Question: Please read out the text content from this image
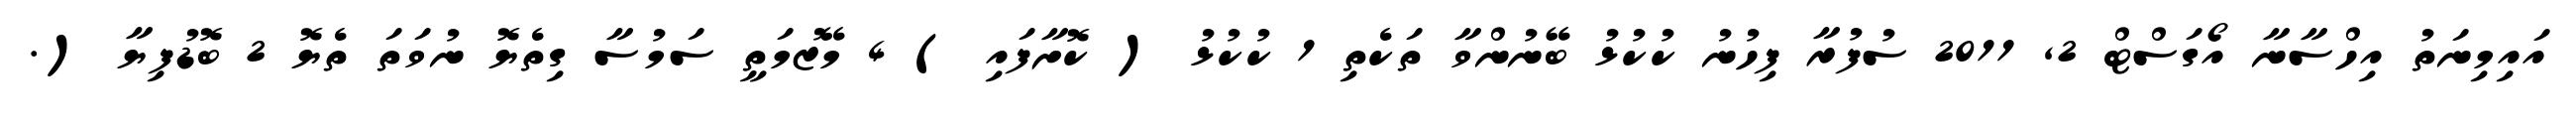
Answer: އައިމިނަތު އިހްސާނާ އޯގަސްޓް 2, 2011 ސުފުރާ ފިހުނު ކުކުޅު ބޭނުންވާ ތަކެތި 1 ކުކުޅު ( ކޮށާފައި ) 4 މޭޒުމަތީ ސަމުސާ ގިތެޔޮ ނުވަތަ ތެޔޮ 2 ބޮޑުފިޔާ (.